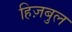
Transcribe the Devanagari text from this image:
हिज़बुल